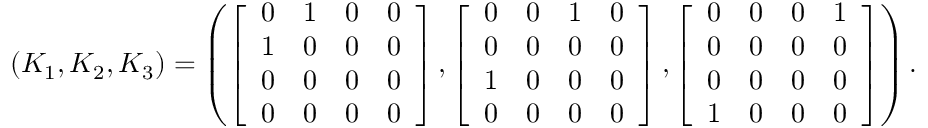
( K _ { 1 } , K _ { 2 } , K _ { 3 } ) = \left( \left[ { \begin{array} { l l l l } { 0 } & { 1 } & { 0 } & { 0 } \\ { 1 } & { 0 } & { 0 } & { 0 } \\ { 0 } & { 0 } & { 0 } & { 0 } \\ { 0 } & { 0 } & { 0 } & { 0 } \end{array} } \right] , \left[ { \begin{array} { l l l l } { 0 } & { 0 } & { 1 } & { 0 } \\ { 0 } & { 0 } & { 0 } & { 0 } \\ { 1 } & { 0 } & { 0 } & { 0 } \\ { 0 } & { 0 } & { 0 } & { 0 } \end{array} } \right] , \left[ { \begin{array} { l l l l } { 0 } & { 0 } & { 0 } & { 1 } \\ { 0 } & { 0 } & { 0 } & { 0 } \\ { 0 } & { 0 } & { 0 } & { 0 } \\ { 1 } & { 0 } & { 0 } & { 0 } \end{array} } \right] \right) .